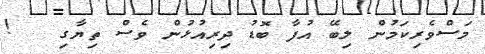
މަސްވެރިކަމުން ލިބޭ އުފާ ބޮޑު ދިރިއުޅުން ވެސް ތިޔާގި   !